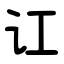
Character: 讧